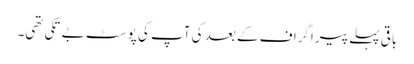
باقی پہلے پیراگراف کے بعد کی آپ کی پوسٹ بے تکی تھی۔